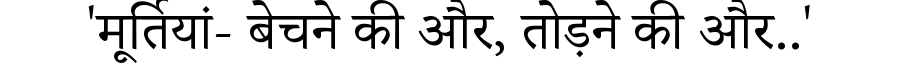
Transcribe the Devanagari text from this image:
'मूर्तियां- बेचने की और, तोड़ने की और..'